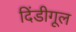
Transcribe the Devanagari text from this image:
दिंडीगूल